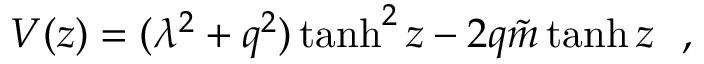
V ( z ) = ( \lambda ^ { 2 } + q ^ { 2 } ) \operatorname { t a n h } ^ { 2 } z - 2 q { \tilde { m } } \operatorname { t a n h } z ~ ~ ,